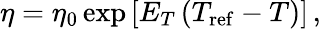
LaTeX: \eta=\eta_{0}\exp{\left[E_{T}\left(T_{\mathrm{ref}}-T\right)\right]}\, ,